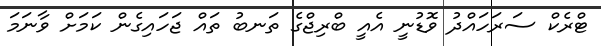
ޓްރެކް ސަރަހައްދު ވޮޑުނީ އެއީ ބްރިޖްގެ ތަނބު ތައް ޖަހައިގެން ކަަމަށް ވާނަމަ